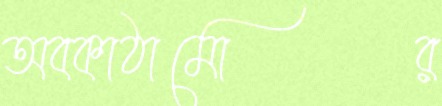
অবকাঠামোর